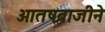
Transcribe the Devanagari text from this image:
आतषबाजीने